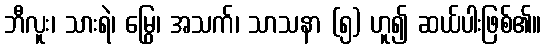
ဘီလူး၊ သားရဲ၊ မြွေ၊ အသက်၊ သာသနာ (၅) ဟူ၍ ဆယ်ပါးဖြစ်၏။